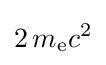
2\,m_{\text{e}}c^{2}